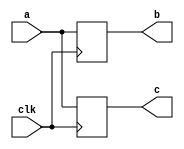
`timescale 1ns / 1ps
//////////////////////////////////////////////////////////////////////////////////
// Company: 
// Engineer: 
// 
// Design Name: 
// Module Name: blocking
// Project Name: 
// Target Devices: 
// Tool Versions: 
// Description: 
// 
// Dependencies: 
// 
// Revision:
// Revision 0.01 - File Created
// Additional Comments:
// 
//////////////////////////////////////////////////////////////////////////////////


module blocking(clk,a,b,c);
    output [3:0]b,c;
    input  [3:0]a;
    input       clk;
    reg    [3:0]b,c;
    always @(posedge clk)
    begin
        b=a;
        c=b;
        $display("Blocking:a=%d,b=%d,c=%d",a,b,c);
    end
endmodule